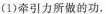
(1)牵引力所做的功。